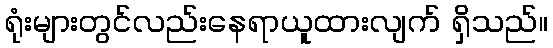
ရုံးများတွင်လည်းနေရာယူထားလျက် ရှိသည်။